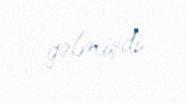
gəlmişdi.